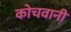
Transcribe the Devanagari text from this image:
कोचवानी